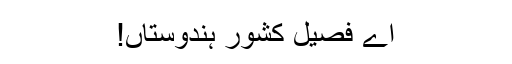
اے فصیل کشور ہندوستاں!